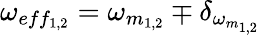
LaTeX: \omega_{eff_{1,2}}=\omega_{m_{1,2}}\mp\delta_{\omega_{m_{1,2}}}